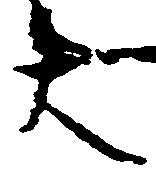
大